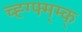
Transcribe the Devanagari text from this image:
च्ह्ग्फ्म्म्क्